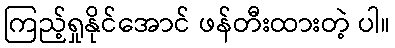
ကြည့်ရှုနိုင်အောင် ဖန်တီးထားတဲ့ ပါ။